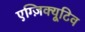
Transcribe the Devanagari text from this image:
एग्ज़िक्यूटिव